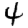
Digit: 4